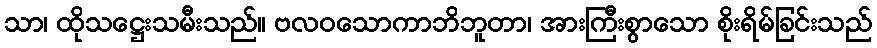
သာ၊ ထိုသဋ္ဌေးသမီးသည်။ ဗလဝသောကာဘိဘူတာ၊ အားကြီးစွာသော စိုးရိမ်ခြင်းသည်